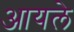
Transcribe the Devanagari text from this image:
आयले